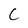
Character: C